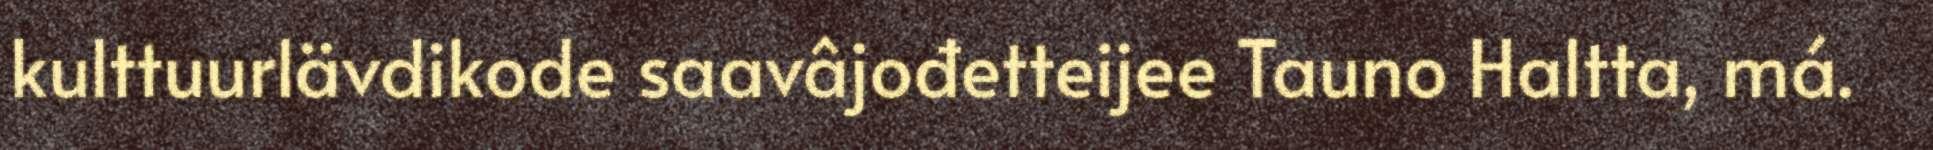
kulttuurlävdikode saavâjođetteijee Tauno Haltta, má.